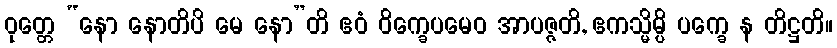
ဝုတ္တေ “နော နောတိပိ မေ နော”တိ ဧဝံ ဝိက္ခေပမေဝ အာပဇ္ဇတိ, ဧကသ္မိမ္ပိ ပက္ခေ န တိဋ္ဌတိ။